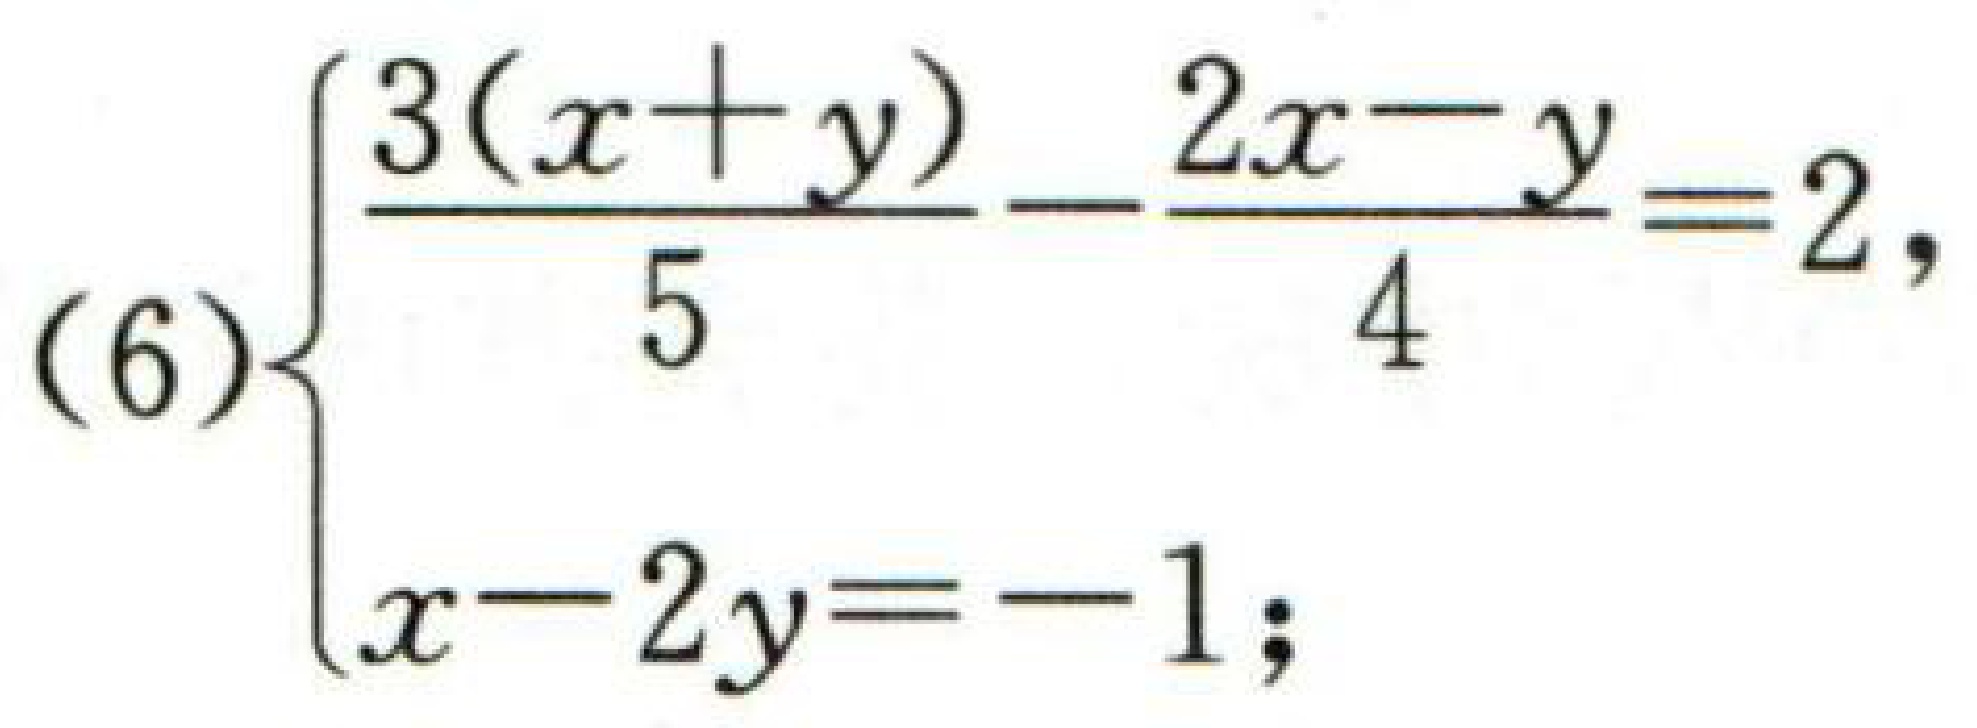
$(6)\begin{cases}
\frac{3(x + y)}{5}-\frac{2x - y}{4}=2,\\
x - 2y=-1;
\end{cases}$